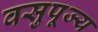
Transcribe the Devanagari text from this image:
वसुपूज्य